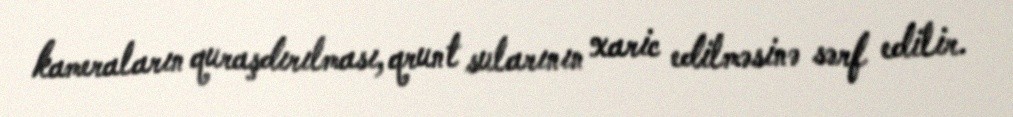
kameraların quraşdırılması, qrunt sularının xaric edilməsinə sərf edilir.